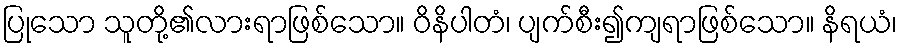
ပြုသော သူတို့၏လားရာဖြစ်သော။ ဝိနိပါတံ၊ ပျက်စီး၍ကျရာဖြစ်သော။ နိရယံ၊